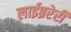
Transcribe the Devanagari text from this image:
लाईब्ररेरी